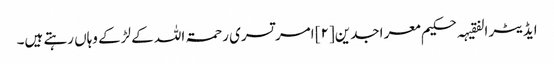
ایڈیٹر الفقیہہ حکیم معر اجدین[۲] امر تسری رحمۃ اللہ کے لڑکے وہاں رہتے ہیں۔